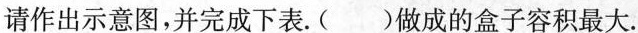
请作出示意图，并完成下表。( )做成的盒子容积最大.